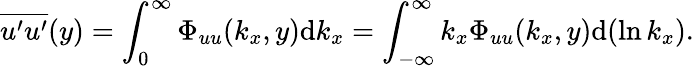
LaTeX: \overline{{u^{\prime}u^{\prime}}}(y)=\int_{0}^{\infty}\Phi_{uu}(k_{x},y)\mathrm{d}k_{x}=\int_{-\infty}^{\infty}k_{x}\Phi_{uu}(k_{x},y)\mathrm{d}(\ln k_{x}).